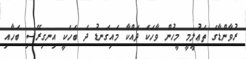
ރުވާންޑާގެ ތަޢުލީމީ މީހުން ވާހަކަ ދައްކާ މައިގަނޑު ދެ ބަހަކީ އިނގިރޭސި ބަހާއި